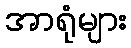
အာရုံများ